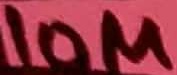
Text: 10M